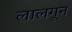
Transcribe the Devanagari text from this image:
लालगून